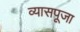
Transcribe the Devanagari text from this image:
व्यासपूजा